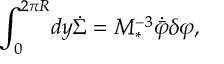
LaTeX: \int _ { 0 } ^ { 2 \pi R } \! d y \dot { \Sigma } = M _ { * } ^ { - 3 } \dot { \bar { \varphi } } \delta \varphi ,